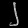
Digit: ၂